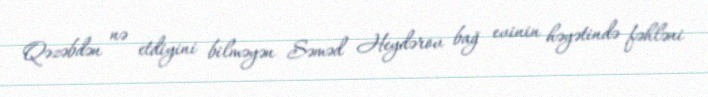
Qəzəbdən nə etdiyini bilməyən Səməd Heydərov bağ evinin həyətində fəhləni